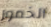
الخمور